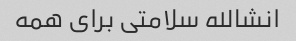
انشالله سلامتی برای همه